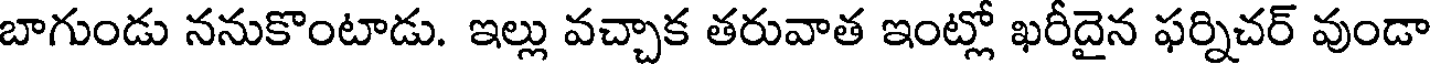
బాగుండు ననుకొంటాడు. ఇల్లు వచ్చాక తరువాత ఇంట్లో ఖరీదైన ఫర్నిచర్ వుండా